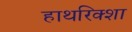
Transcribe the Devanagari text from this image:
हाथरिक्शा